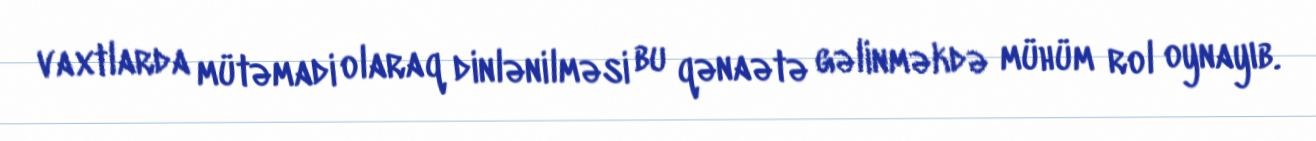
vaxtlarda mütəmadi olaraq dinlənilməsi bu qənaətə gəlinməkdə mühüm rol oynayıb.